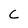
Character: C